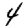
Digit: 4